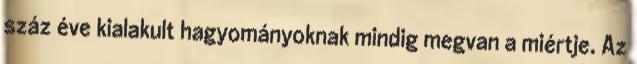
száz éve kialakult hagyományoknak mindig megvan a miértje. Az